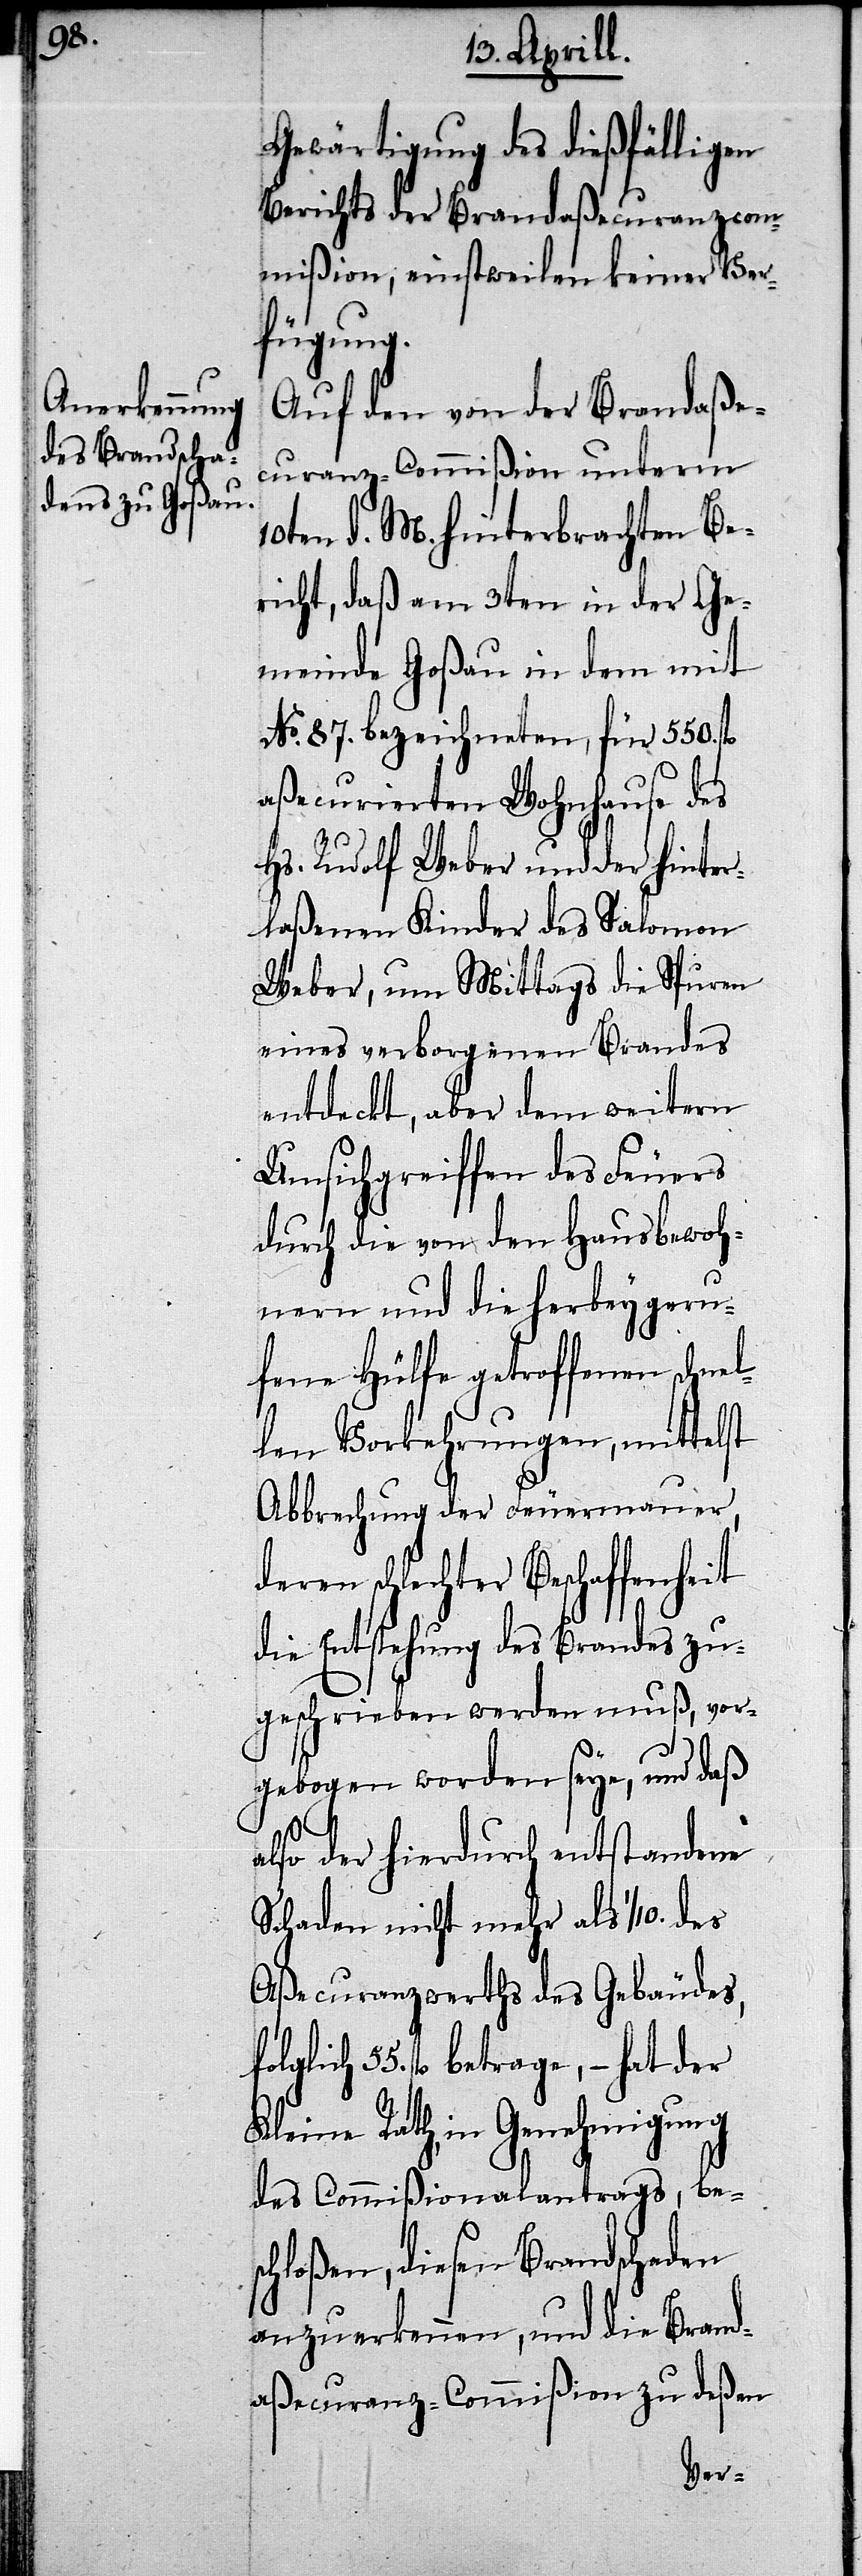
de¬

Gewärtigung des dießfälligen
Berichts der Brandaßecuranzcom¬
mißion, einstweilen keiner Ver¬
fügung.
Auf den von der Brandaße¬
curanz-Commißion unterm
10ten d. M. hinterbrachten Be¬
richt, daß am 3ten in der Ge¬
meinde Goßau in dem mit
No. 87. bezeichneten, für 550.
aßecurierten Wohnhause des
Hs. Rudolf Weber und der hinter¬
laßenen Kinder des Salomon
Weber, um Mittags die Spuren
eines verborgenen Brandes
entdeckt, aber dem weitern
Umsichgreiffen des Feuers
durch die von den Hausbewoh¬
nern und die herbeygeru¬
fene Hülfe getroffenen schn¬
len Vorkehrungen, mittelst
Abbrechung der Feuermauer,
ren schlechter Beschaffenheit
die Entstehung des Brandes zu¬
geschrieben werden muß, vor¬
gebogen worden seye, und daß
also der hierdurch entstandene
Schaden nicht mehr als 1/10. des
Aßecurzanzwerths des Gebäudes,
fl. betrage,– hat der
Kleine Rath, in Genehmigung
des Commißionalantrags, bes¬
chloßen, diesen Brandschaden
anzuerkennen, und die Brand¬
aßecuranz-Commißion zu deßen